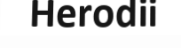
Herodii